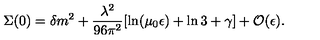
\Sigma ( 0 ) = \delta m ^ { 2 } + \frac { \lambda ^ { 2 } } { 9 6 \pi ^ { 2 } } [ \ln ( \mu _ { 0 } \epsilon ) + \ln 3 + \gamma ] + { \cal O } ( \epsilon ) .